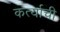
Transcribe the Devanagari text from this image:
कर्त्याची